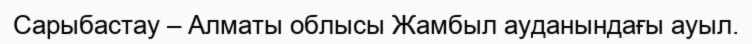
Сарыбастау – Алматы облысы Жамбыл ауданындағы ауыл.